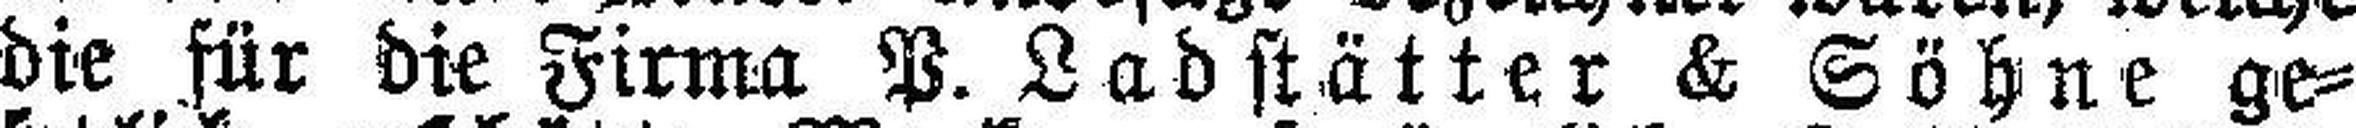
die für die Firma P. Ladstätter & Söhne ge¬